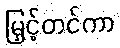
မြှင့်တင်ကာ